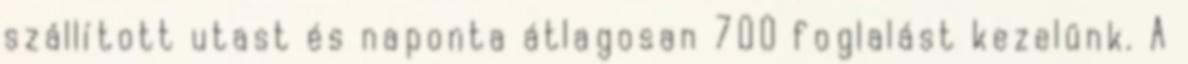
szállított utast és naponta átlagosan 700 foglalást kezelünk. A